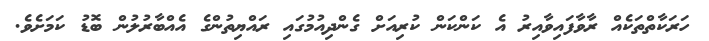
ހަރަކާތްތަކެއް ރާވާފައިވާއިރު އެ ކަންކަން ކުރިއަށް ގެންދިއުމުގައި ރައްޔިތުންގެ އެއްބާރުލުން ބޮޑު ކަމަށެވެ.